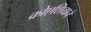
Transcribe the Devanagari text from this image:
क्रोएशियाने